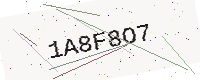
Text: 1A8F8O7